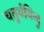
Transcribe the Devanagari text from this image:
चतुर्थबिन्दु